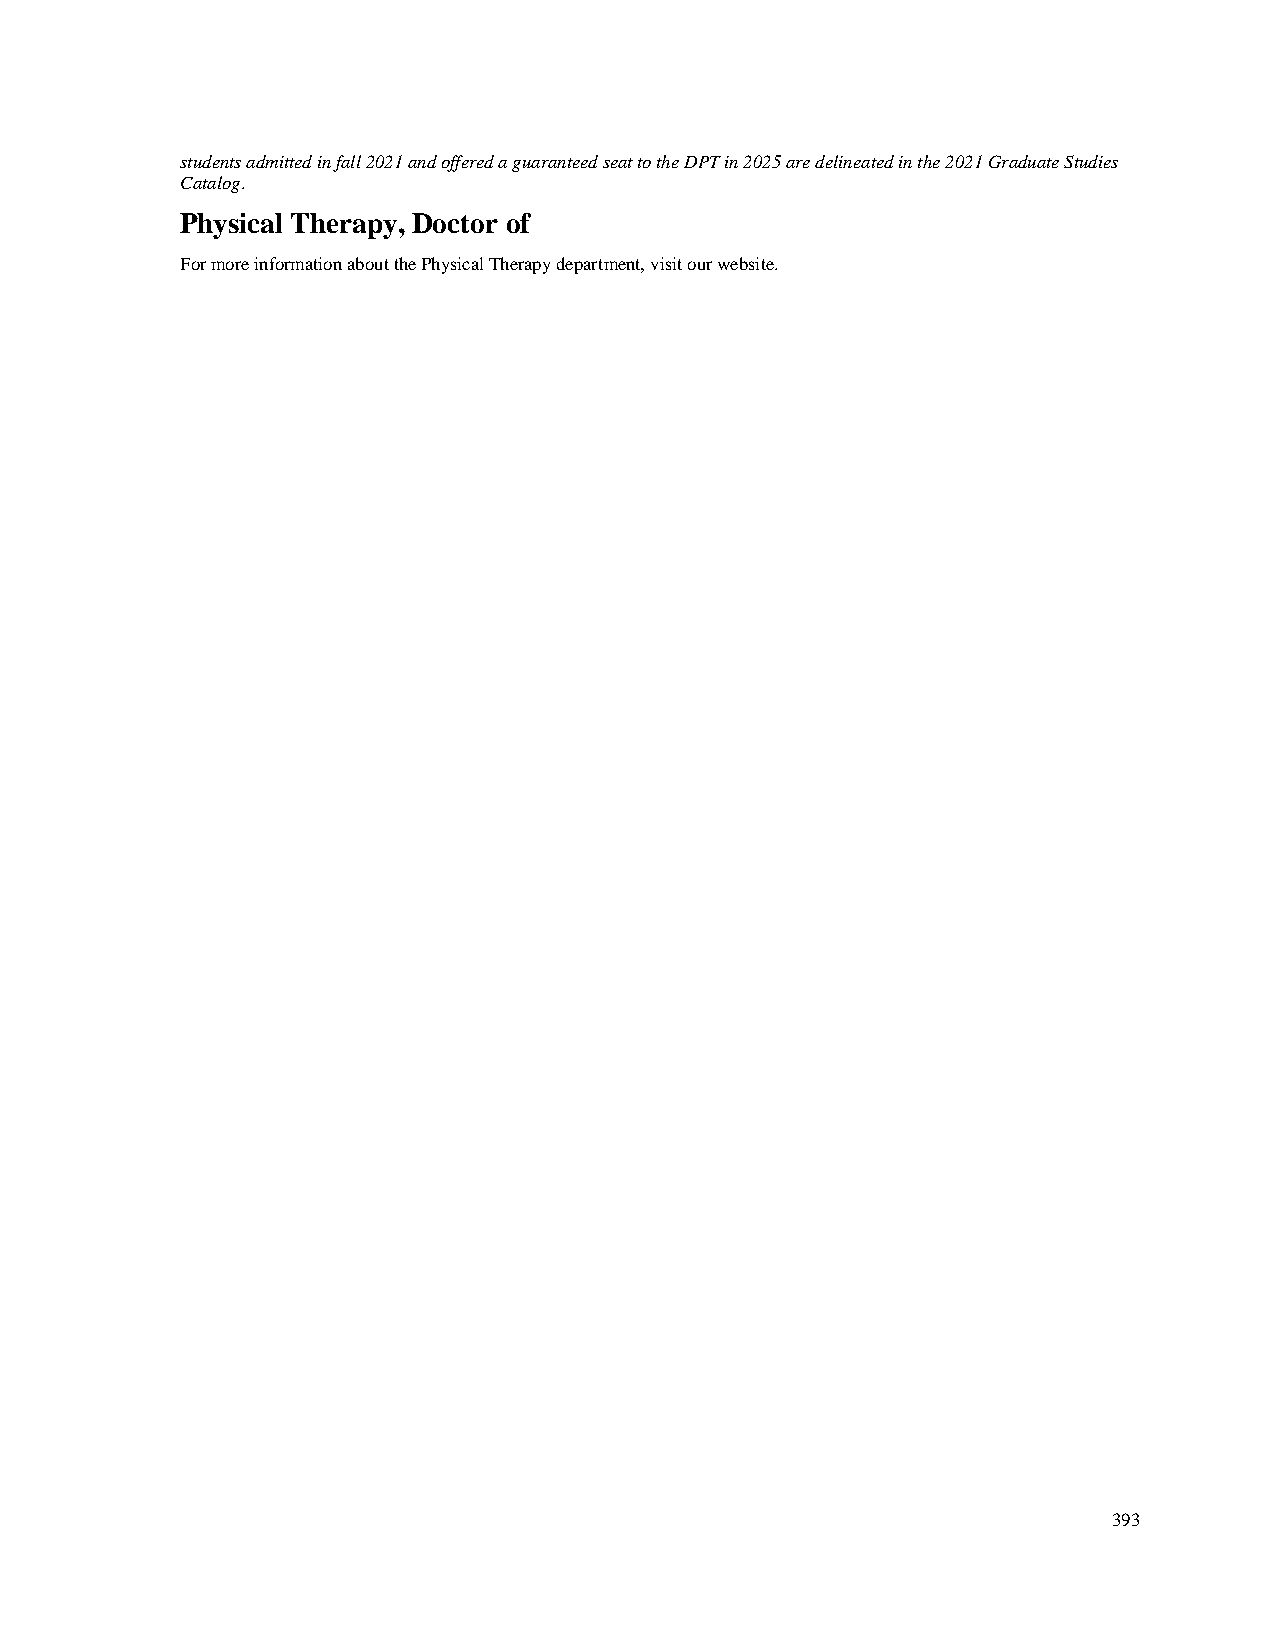
students admitted in fall 2021 and offered a guaranteed seat to the DPT in 2025 are delineated in the 2021 Graduate Studies
 Catalog.
 Physical Therapy, Doctor of
 For more information about the Physical Therapy department, visit our website.
 393